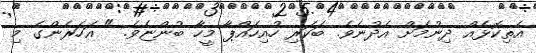
އެތިކޮޅެއް ދިނުމަށް އެދުނެވެ. ބަކަރި ހުއިހައްޕާ މީހާ ބުންޏެވެ. " އަހަރެންގެ މި